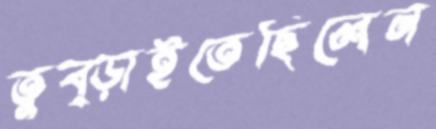
তুব্‌ড়াইতেছিলেন